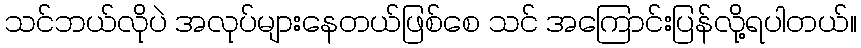
သင်ဘယ်လိုပဲ အလုပ်များနေတယ်ဖြစ်စေ သင် အကြောင်းပြန်လို့ရပါတယ်။